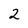
Character: 2